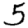
Digit: 5